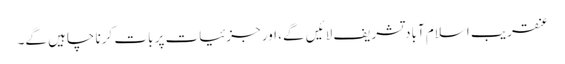
عنقریب اسلام آباد تشریف لائیں گے، اور جزئیات پر بات کرنا چاہیں گے۔